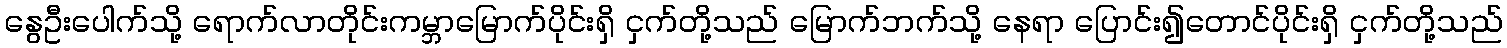
နွေဦးပေါက်သို့ ရောက်လာတိုင်းကမ္ဘာမြောက်ပိုင်းရှိ ငှက်တို့သည် မြောက်ဘက်သို့ နေရာ ပြောင်း၍တောင်ပိုင်းရှိ ငှက်တို့သည်